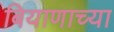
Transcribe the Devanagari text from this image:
बियाणाच्या